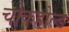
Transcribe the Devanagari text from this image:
चोकहोल्ड